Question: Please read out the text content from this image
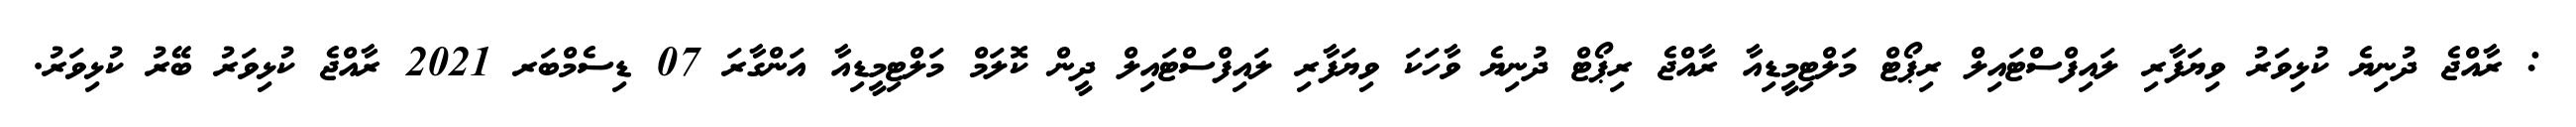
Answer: : ރާއްޖެ ދުނިޔެ ކުޅިވަރު ވިޔަފާރި ލައިފްސްޓައިލް ރިޕޯޓް މަލްޓިމީޑިއާ ރާއްޖެ ރިޕޯޓް ދުނިޔެ ވާހަކަ ވިޔަފާރި ލައިފްސްޓައިލް ދީން ކޮލަމް މަލްޓިމީޑިއާ އަންގާރަ 07 ޑިސެމްބަރ 2021 ރާއްޖެ ކުޅިވަރު ބޭރު ކުޅިވަރު.